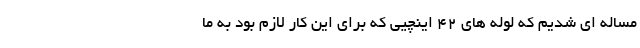
مساله ای شدیم که لوله های ۴۲ اینچیی که برای این کار لازم بود به ما